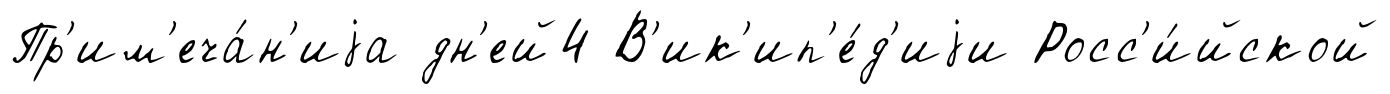
Пр'им'еча́н'иjа дн'ей4 В'ик'ип'е́д'иjи Росс'и́йской